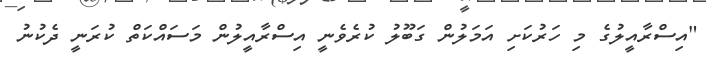
"އިސްރާއީލުގެ މި ހަރުކަށި އަމަލުން ގަބޫލު ކުރެވެނީ އިސްރާއީލުން މަސައްކަތް ކުރަނީ ދެކުނު